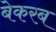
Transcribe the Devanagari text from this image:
बेकरब